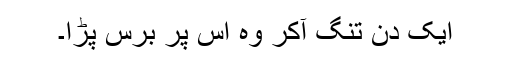
ایک دن تنگ آکر وہ اس پر برس پڑا۔